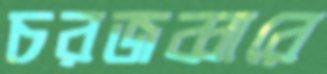
চরজব্বারে